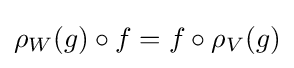
\rho _{W}(g)\circ f=f\circ \rho _{V}(g)